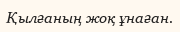
Қылғаның жоқ ұнаған.